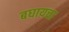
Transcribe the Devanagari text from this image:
बघायचा